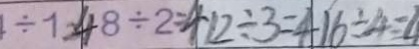
1 \div 1 = 4 8 \div 2 = 4 1 2 \div 3 = 4 1 6 \div 4 = 4